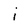
Character: i